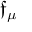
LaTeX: { \mathfrak { f } } _ { \mu }